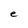
Character: e